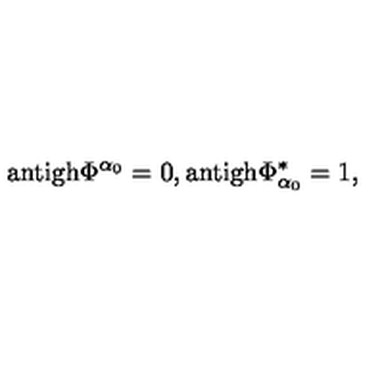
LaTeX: \mathrm { a n t i g h } \Phi ^ { \alpha _ { 0 } } = 0 , \mathrm { a n t i g h } \Phi _ { \alpha _ { 0 } } ^ { * } = 1 ,